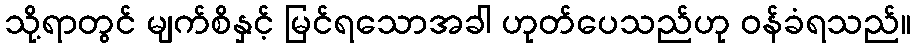
သို့ရာတွင် မျက်စိနှင့် မြင်ရသောအခါ ဟုတ်ပေသည်ဟု ဝန်ခံရသည်။